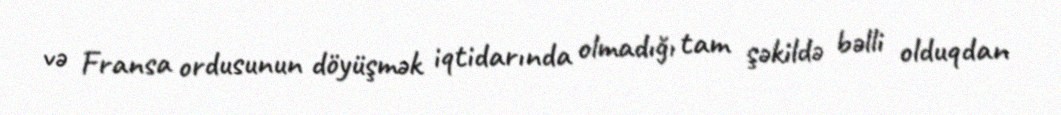
və Fransa ordusunun döyüşmək iqtidarında olmadığı tam şəkildə bəlli olduqdan